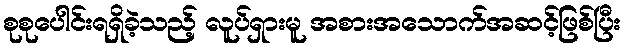
စုစုပေါင်းရရှိခဲ့သည့် လူပ်ရှားမူ အစားအသောက်အဆင့်ဖြစ်ပြီး